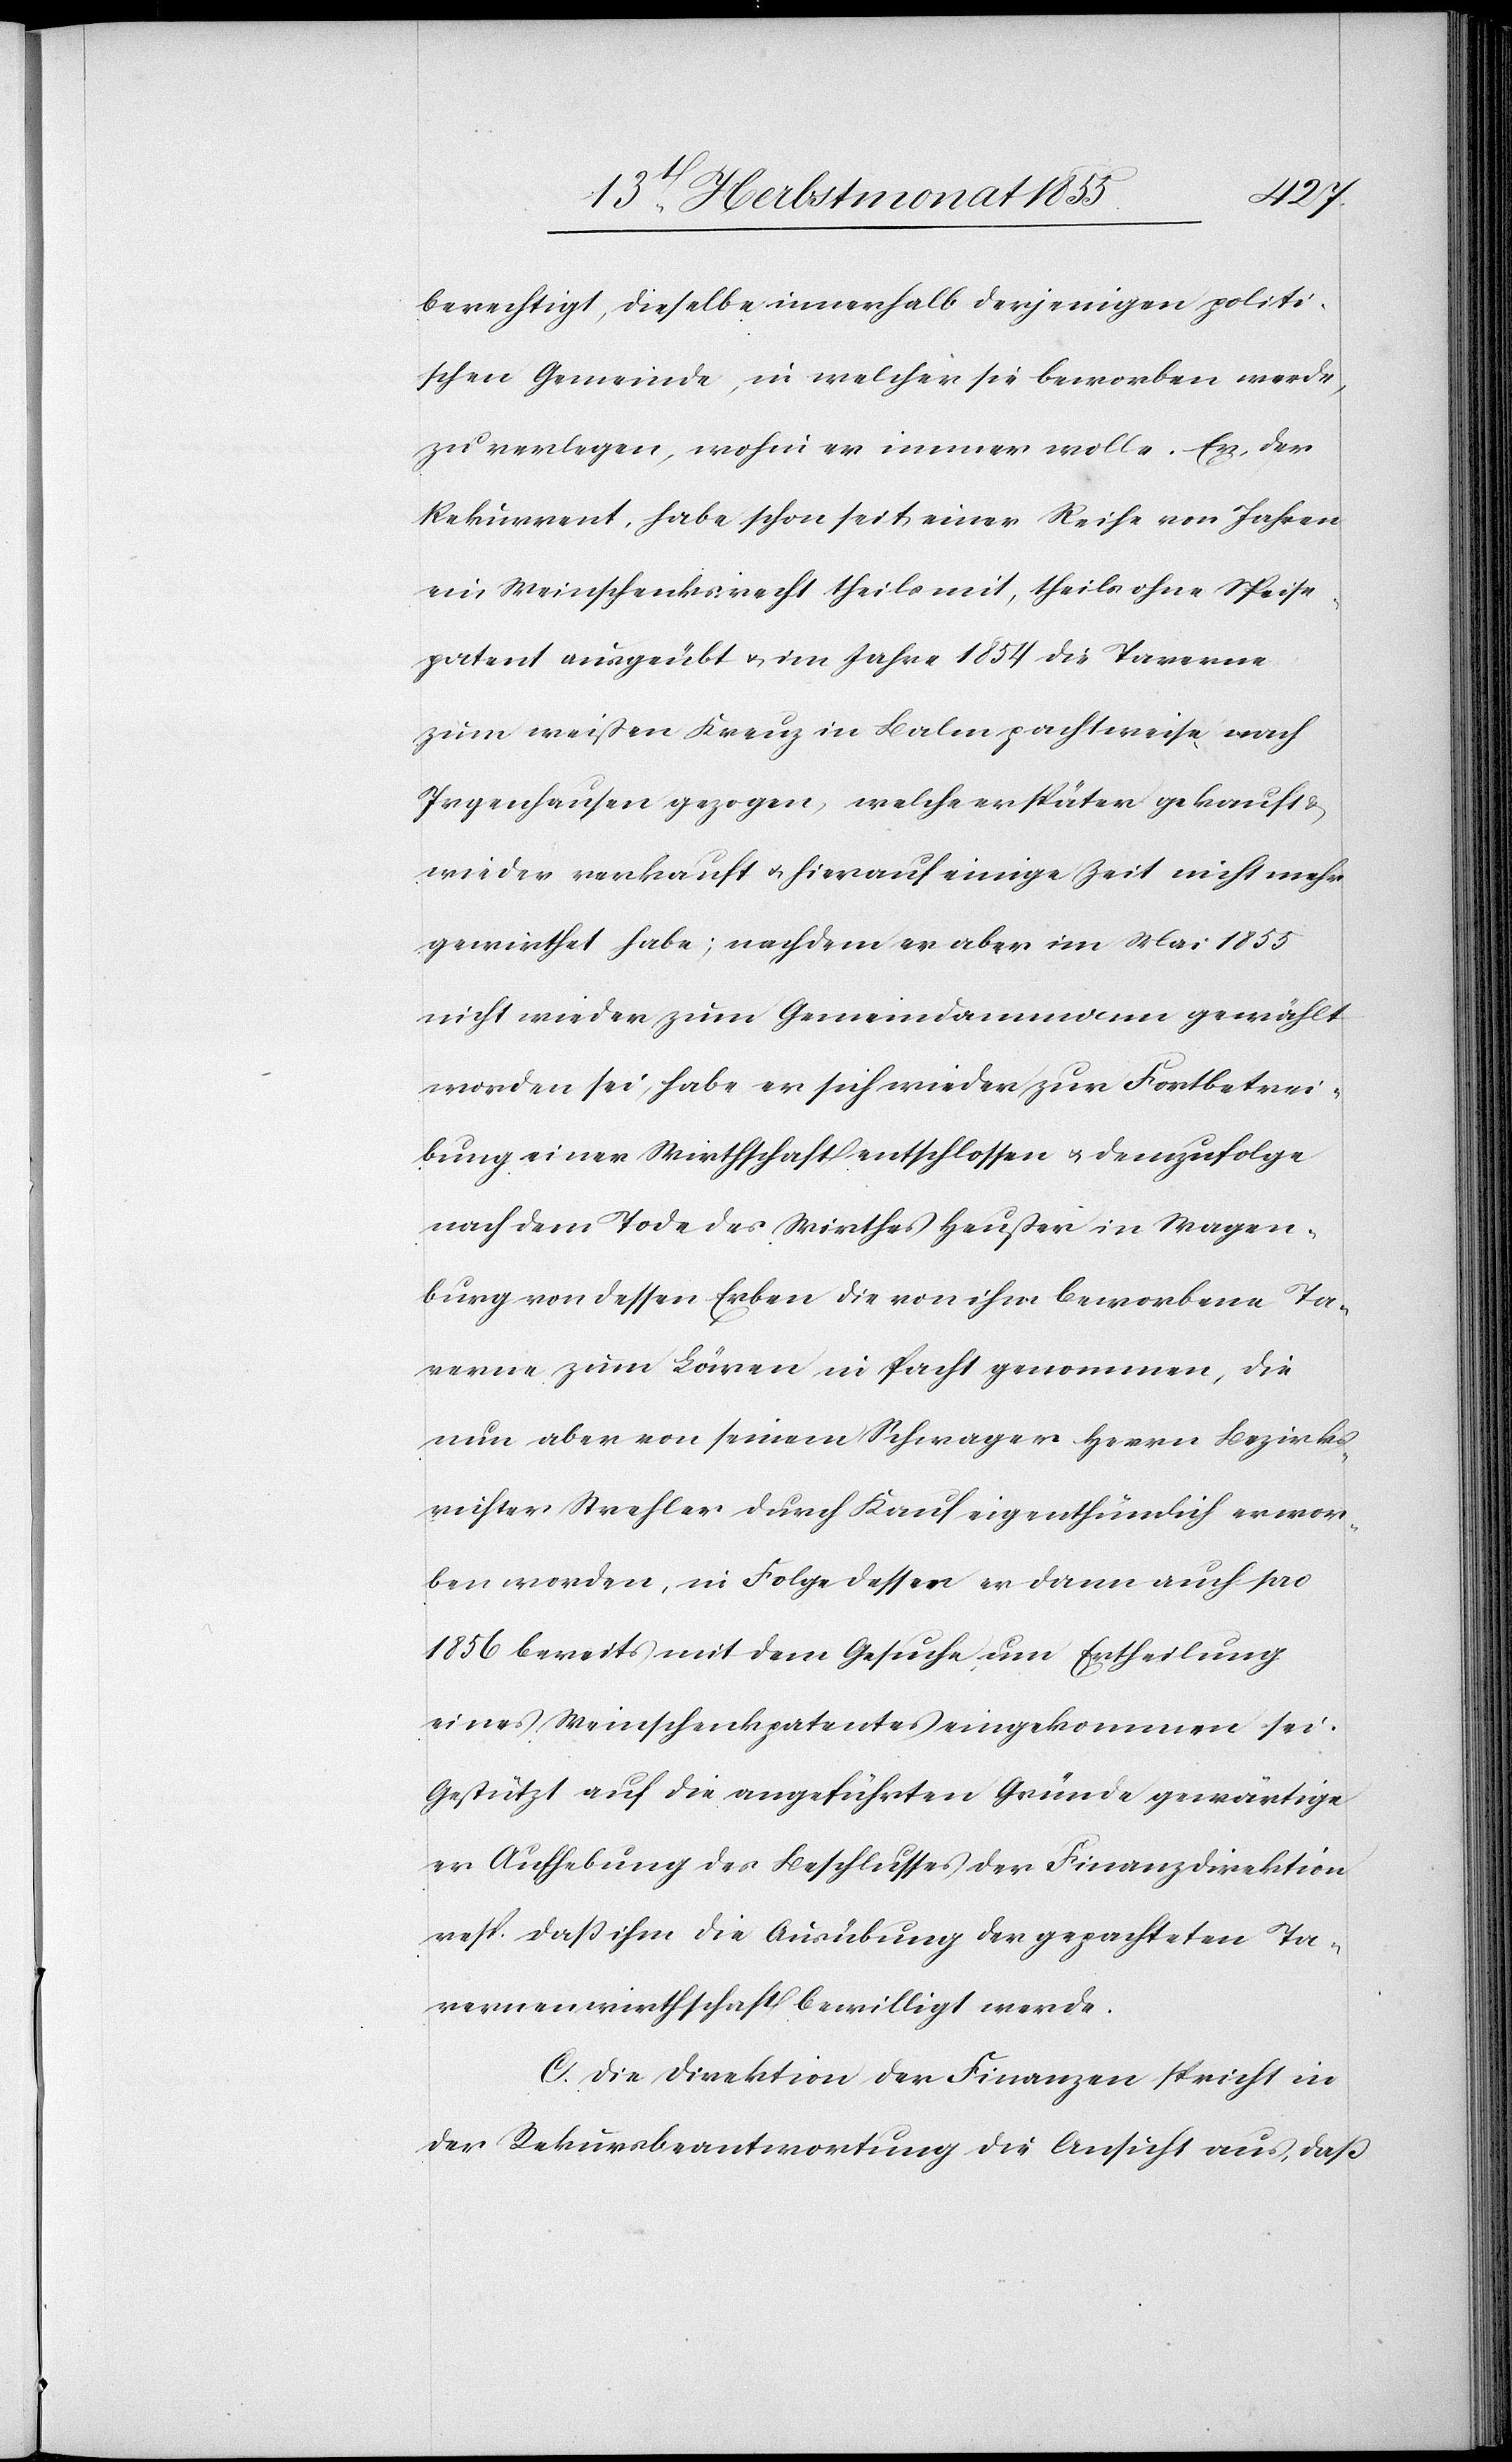
berechtigt, dieselbe innerhalb derjenigen politi¬
schen Gemeinde, in welcher sie beworben werde,
zu verlegen, wohin er immer wolle. Er, der
Rekurrent, habe schon seit einer Reihe von Jahren
ein Weinschenksrecht theils mit, theils ohne Speise¬
patent ausgeübt & im Jahre 1854 die Taverne
zum weißen Kreuz in Balm pachtweise nach
Irgenhausen gezogen, welche er später gekauft &
wieder verkauft & hierauf einige Zeit nicht mehr
gewirthet habe; nachdem er aber im Mai 1855
nicht wieder zum Gemeindammann gewählt
worden sei, habe er sich wieder zur Fortbetrei¬
bung einer Wirthschaft entschlossen & demzufolge
nach dem Tode des Wirthes Heußer in Wagen¬
burg von dessen Erben die von ihm beworbene Ta¬
verne zum Löwen in Pacht genommen, die
nun aber von seinem Schwager Herrn Bezirks¬
richter Strehler durch Kauf eigenthümlich erwor¬
ben worden, in Folge dessen er dann auch pro
1856 bereits mit dem Gesuche um Ertheilung
eines Weinschenkpatentes eingekommen sei.
Gestützt auf die angeführten Gründe gewärtige
er Aufhebung des Beschlusses der Finanzdirektion
resp. daß ihm die Ausübung der gepachteten Ta¬
vernenwirthschaft bewilligt werde.
C. Die Direktion der Finanzen spricht in
der Rekursbeantwortung die Ansicht aus, daß